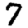
Digit: 7